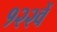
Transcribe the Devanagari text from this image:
१२२वें